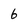
Character: 6